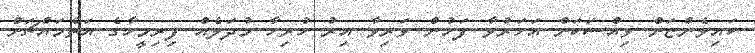
ކައިވެންޏަށް ވިއްސަކަށް އަހަރުވާ ފަހުން ވަރިވާ އިރު ހުރިހާ މުދަލެއް ފިރިމީހާގެ އަތްމައްޗަށް